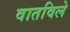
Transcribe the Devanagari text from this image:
वातविले